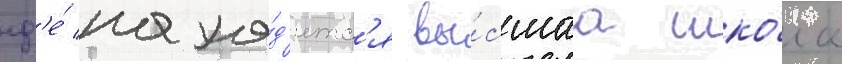
гд'е́ нахо́д'итс'я вы́сшаа шко́ла